system: You are a helpful assistant.
user:
Analyze the provided spectrum to determine if it is a **M-type Giant (gM)**.

A M-type Giant spectrum is defined by its **strong molecular absorption** features, particularly from **Titanium Oxide (TiO)**. You must check for one of the following mutually exclusive signatures:

- **Key Visual Indicators (Absorption-Dominated Spectrum):**

    - **(Primary):** The spectrum is dominated by strong molecular absorption from **Titanium Oxide (TiO)**. This is the **defining feature** of its M-type temperature class.
        - **(Key Bandheads):** Look for sharp, "saw-tooth" absorption valleys. The strongest are located near **~7050 Å**, **~6160 Å**, and **~5170 Å**.
        - **(Line Profile):** The "saw-tooth" morphology is critical: a **sharp, steep drop on the BLUE (short-wavelength) side** of the bandhead, followed by a gradual recovery (rising flux) towards the RED (long-wavelength) side.

    - **(Key Confirmation - Giant vs. Dwarf):** **ABSENCE** of strong **Calcium Hydride (CaH)** molecular bands. This is the primary diagnostic for *excluding* M-dwarfs.
        - **(Key Region):** The spectrum should lack the strong, broad absorption band seen in dwarfs between **~6800 Å and ~7000 Å**.

    - **(Secondary Confirmation - Giant):** A very strong and broad **Neutral Calcium (Ca I)** atomic absorption line.
        - **(Key Line):** Located at **~4226 Å**. In a giant (gM), this line is significantly deeper and broader than the same line in an M-dwarf (dM) due to low surface gravity.

    - **(Overall Spectrum):**
        - The continuum is **extremely red-sloping** (i.e., flux is very low in the blue and rises dramatically towards the red).
        - The entire spectrum appears "chopped up" by the deep TiO bands.

Think first, call **spectral_visualization_tool** if needed to examine features in detail, then provide your final answer. Your response must adhere to the following strict rules:
1.  **Overall Structure:** Your response must follow the format `<think>...</think> <tool_call>...</tool_call> (if a tool is used) <answer>...</answer>`.
2.  **Tool Usage Constraint:** You may only make **one** tool call per turn.
3.  **Final Answer Format:** In the `<answer>` tag, your conclusion must be inside a `\boxed{}` command (e.g., `\boxed{YES}` or `\boxed{NO}`), followed by your justification.

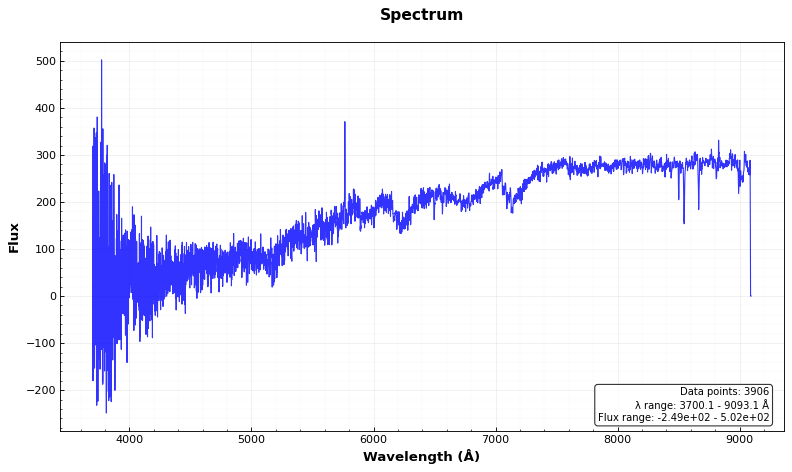
Answer: YES